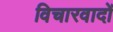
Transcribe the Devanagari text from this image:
विचारवादों